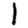
Digit: 1